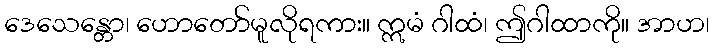
ဒေသေန္တော၊ ဟောတော်မူလိုရကား။ ဣမံ ဂါထံ၊ ဤဂါထာကို။ အာဟ၊